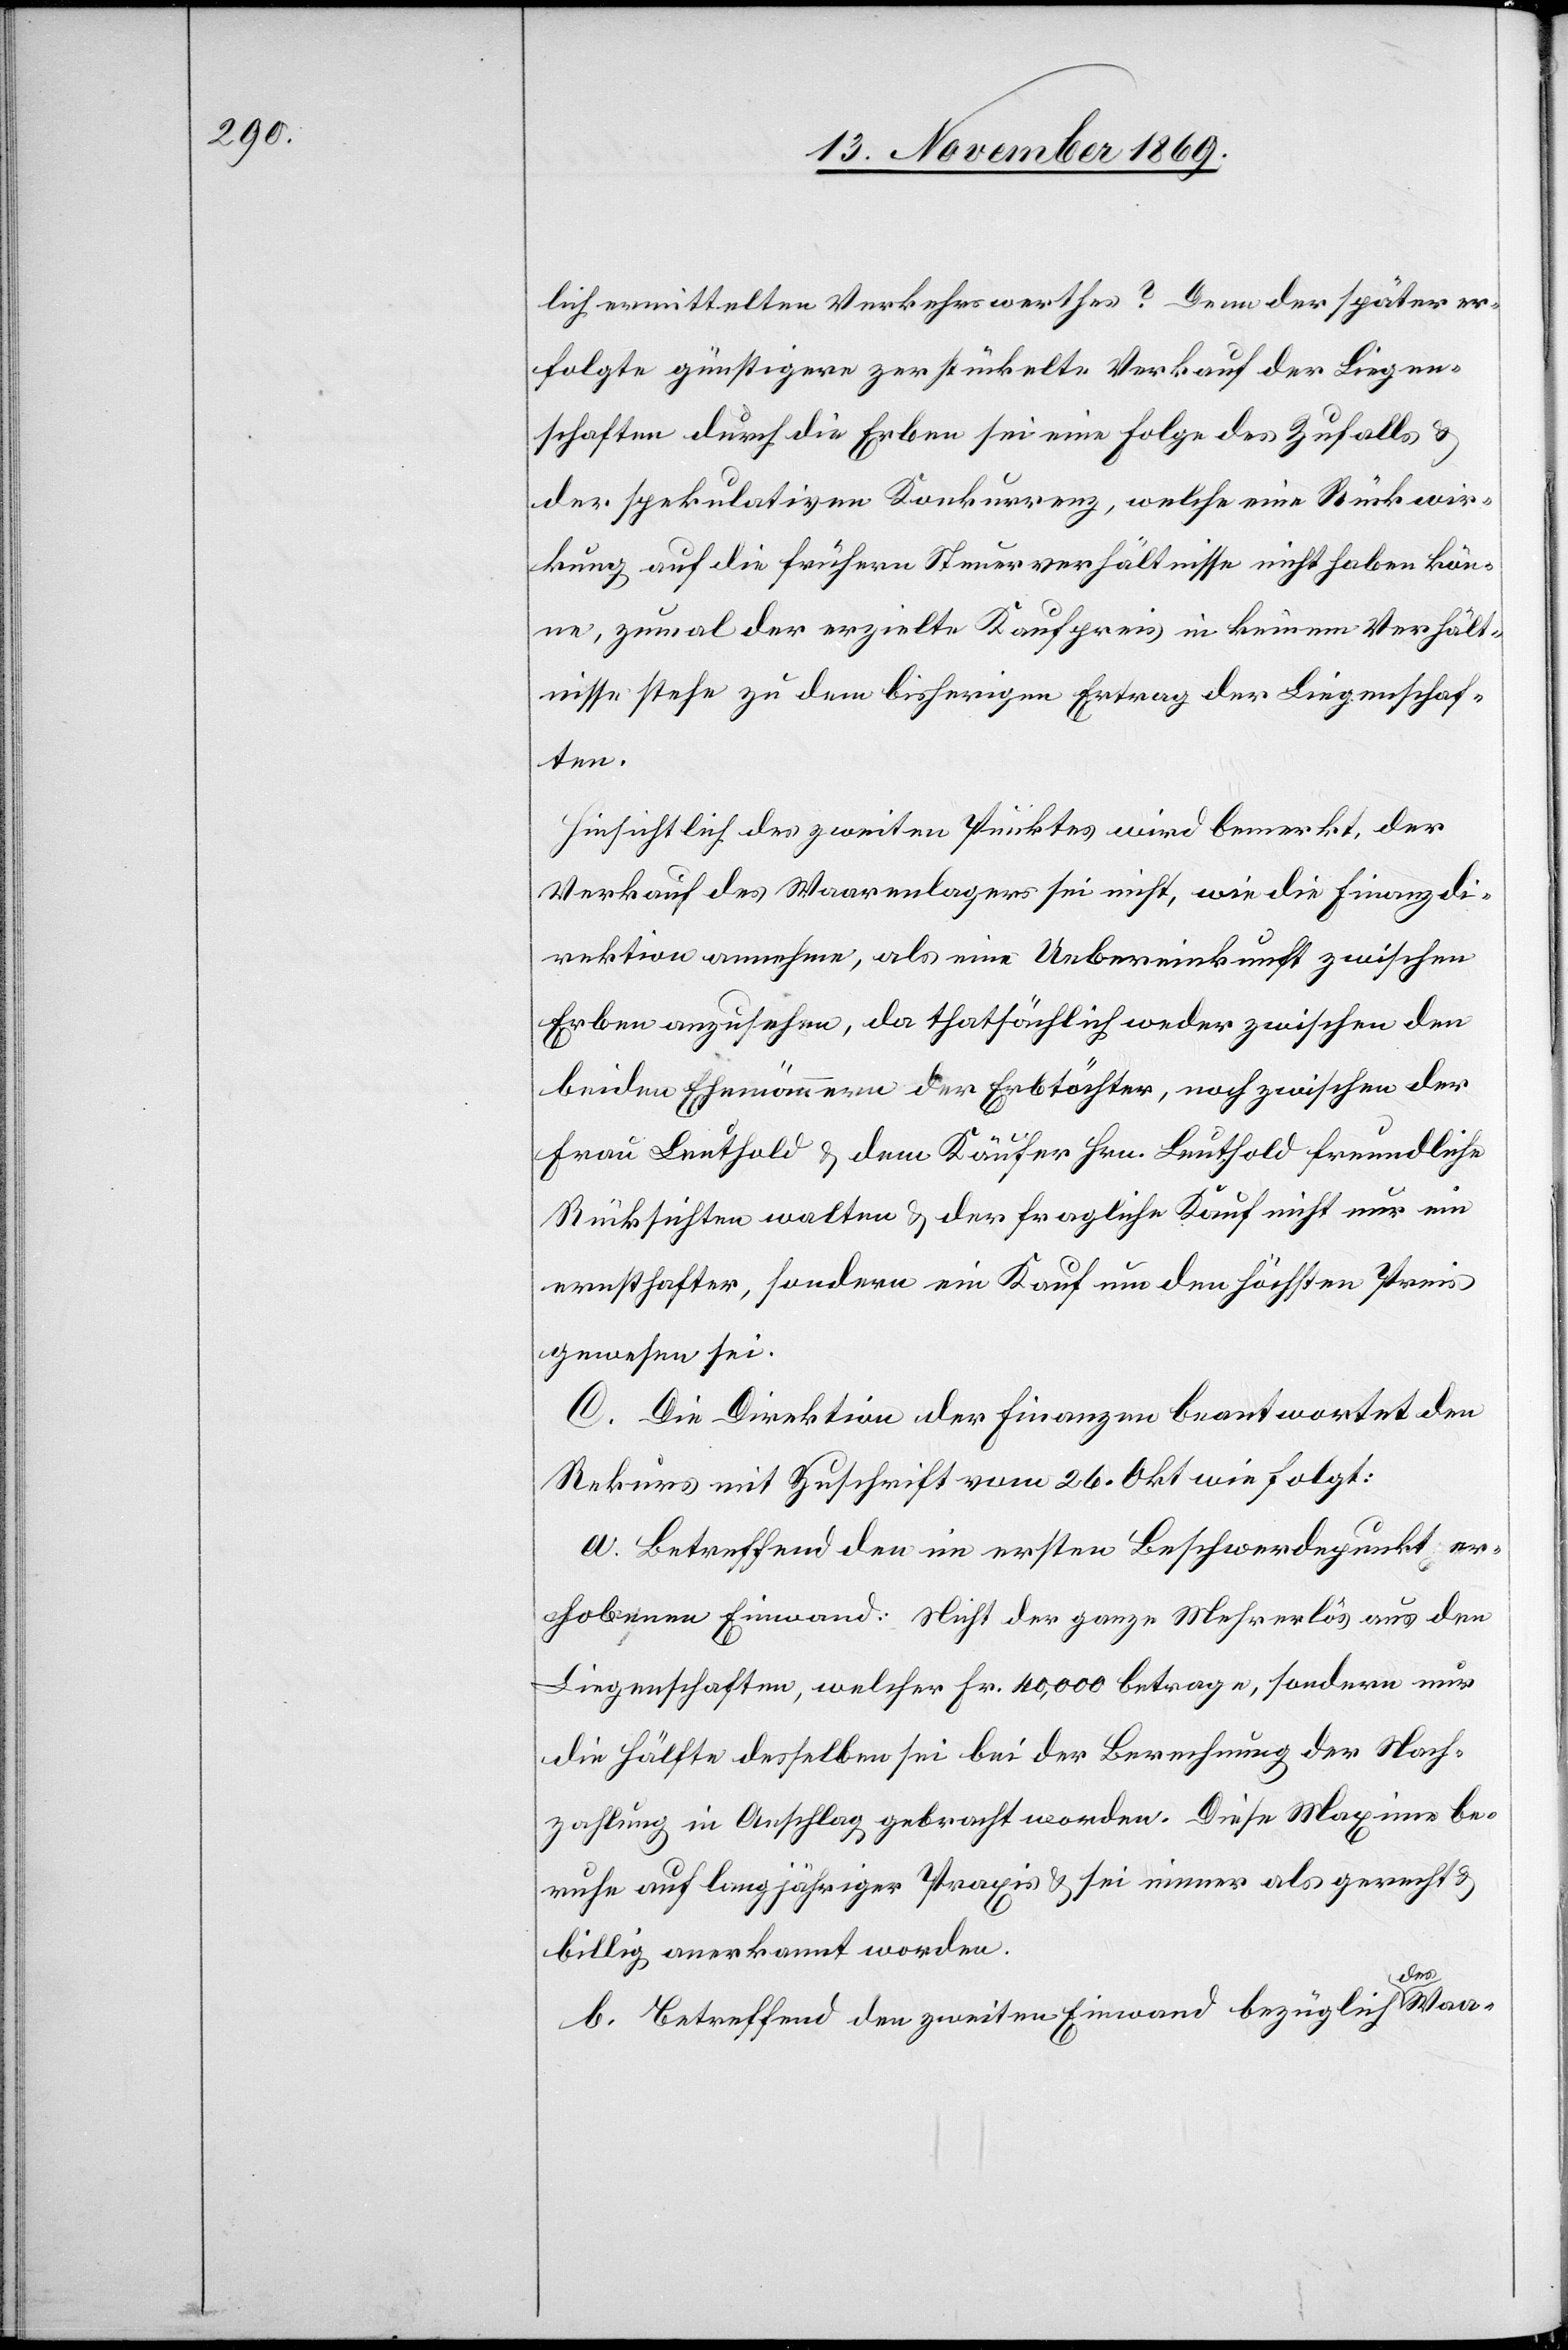
lich ermittelten Verkehrswerthes? Denn der später er¬
folgte günstigere zerstückelte Verkauf der Liegen¬
schaften durch die Erben sei eine Folge des Zufalls &
der spekulativen Konkurrenz, welche eine Rückwir¬
kung auf die frühern Steuerverhältnisse nicht haben kön¬
ne, zumal der erzielte Kaufpreis in keinem Verhält¬
nisse stehe zu dem bisherigen Ertrag der Liegenschaf¬
ten.
Hinsichtlich des zweiten Punktes wird bemerkt, der
Verkauf des Waarenlagers sei nicht, wie die Finanzdi¬
rektion annehme, als eine Uebereinkunft zwischen
Erben anzusehen, da thatsächlich weder zwischen den
beiden Ehemännern der Erbtöchter, noch zwischen der
Frau Leuthold & dem Käufer Hrn. Leuthold freundliche
Rücksichten walten & der fragliche Kauf nicht nur ein
ernsthafter, sondern ein Kauf um den höchsten Preis
gewesen sei.
C. Die Direktion der Finanzen beantwortet den
Rekurs mit Zuschrift vom 26. Okt. wie folgt:
a. Betreffend den im ersten Beschwerdepunkt er¬
hobenen Einwand: Nicht der ganze Mehrerlös aus den
Liegenschaften, welcher Fr. 40,000 betrage, sondern nur
die Hälfte desselben sei bei der Berechnung der Nach¬
zahlung in Anschlag gebracht worden. Diese Maxime be¬
ruhe auf langjähriger Praxis & sei immer als gerecht &
billig anerkannt worden.
b. Betreffend den zweiten Einwand bezüglich des